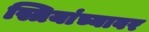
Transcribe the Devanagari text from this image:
स्त्रियांच्यावर